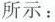
所示：